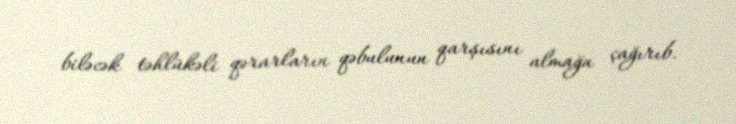
biləcək təhlükəli qərarların qəbulunun qarşısını almağa çağırıb.